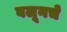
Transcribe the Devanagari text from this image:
बलूनचे